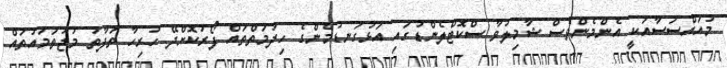
މުއައްސަސާއަކީ އެންމެންވެސް ޝާމިލުވާ ސްކޮޓްލެންޑުގައި އަޅުގަނޑުމެންގެ ހިދުމަތްތައް ފޯރުކޮށްދޭ ހުރިހާ ތަފާތު މުޖުތަމައުތައް